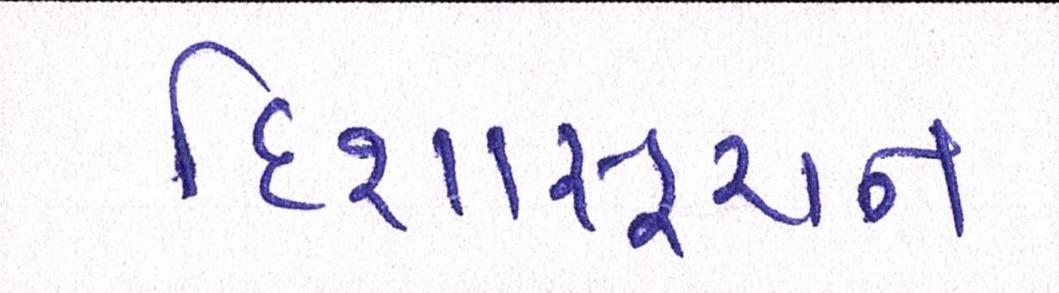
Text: દિશાસૂચન